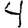
Digit: 4